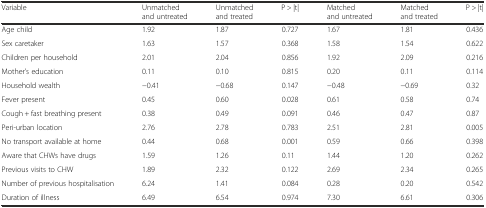
<table><thead><tr><td><b>Variable</b></td><td><b>Unmatched and untreated</b></td><td><b>Unmatched and treated</b></td><td><b>P &gt; |t|</b></td><td><b>Matched and untreated</b></td><td><b>Matched and treated</b></td><td><b>P &gt; |t|</b></td></tr></thead><tbody><tr><td>Age child</td><td>1.92</td><td>1.87</td><td>0.727</td><td>1.67</td><td>1.81</td><td>0.436</td></tr><tr><td>Sex caretaker</td><td>1.63</td><td>1.57</td><td>0.368</td><td>1.58</td><td>1.54</td><td>0.622</td></tr><tr><td>Children per household</td><td>2.01</td><td>2.04</td><td>0.856</td><td>1.92</td><td>2.09</td><td>0.216</td></tr><tr><td>Mother’s education</td><td>0.11</td><td>0.10</td><td>0.815</td><td>0.20</td><td>0.11</td><td>0.114</td></tr><tr><td>Household wealth</td><td>−0.41</td><td>−0.68</td><td>0.147</td><td>−0.48</td><td>−0.69</td><td>0.32</td></tr><tr><td>Fever present</td><td>0.45</td><td>0.60</td><td>0.028</td><td>0.61</td><td>0.58</td><td>0.74</td></tr><tr><td>Cough + fast breathing present</td><td>0.38</td><td>0.49</td><td>0.091</td><td>0.46</td><td>0.47</td><td>0.87</td></tr><tr><td>Peri-urban location</td><td>2.76</td><td>2.78</td><td>0.783</td><td>2.51</td><td>2.81</td><td>0.005</td></tr><tr><td>No transport available at home</td><td>0.44</td><td>0.68</td><td>0.001</td><td>0.59</td><td>0.66</td><td>0.398</td></tr><tr><td>Aware that CHWs have drugs</td><td>1.59</td><td>1.26</td><td>0.11</td><td>1.44</td><td>1.20</td><td>0.262</td></tr><tr><td>Previous visits to CHW</td><td>1.89</td><td>2.32</td><td>0.122</td><td>2.69</td><td>2.34</td><td>0.265</td></tr><tr><td>Number of previous hospitalisation</td><td>6.24</td><td>1.41</td><td>0.084</td><td>0.28</td><td>0.20</td><td>0.542</td></tr><tr><td>Duration of illness</td><td>6.49</td><td>6.54</td><td>0.974</td><td>7.30</td><td>6.61</td><td>0.306</td></tr></tbody></table>